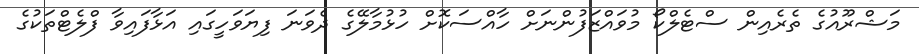
މަޝްރޫއުގެ ތެރެއިން ސްޓެލްކޯ މުވައްޒަފުންނަށް ހާއްސަކޮށް ހުޅުމާލޭގެ ދެވަނަ ފިޔަވަހީގައި އަޅާފައިވާ ފްލެޓްތަކުގެ